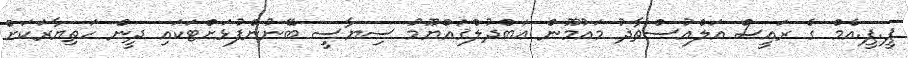
ޕީ.ޕީ.އެމް ގެ ރައީސް އަލްއުސްތާޛު މައުމޫން ޢަބްދުލްޤައްޔޫމު ސިޔާސީ ބޭނުންފުޅަށްޓަކައި ދީން ހަތިޔާރަކަށް